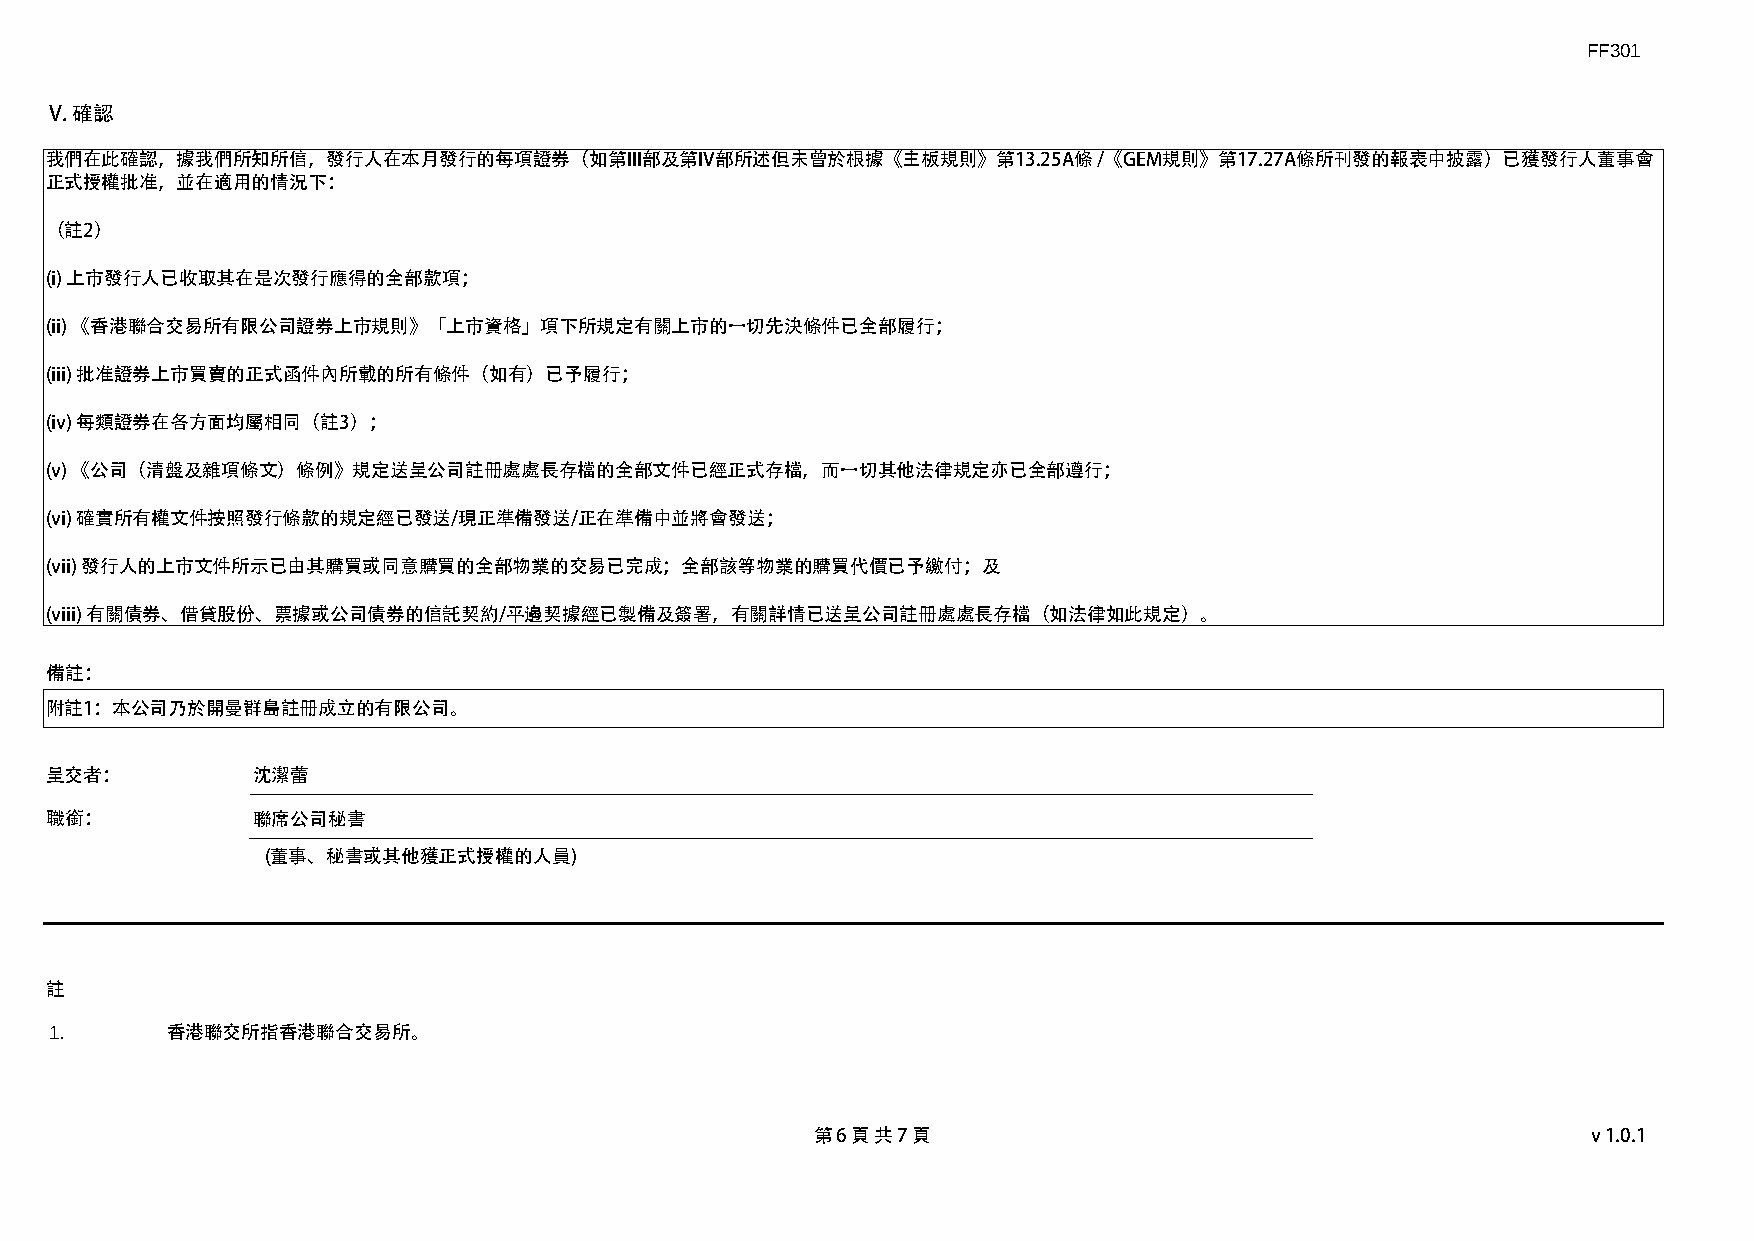
FF301
 V. 確認
 我們在此確認，據我們所知所信，發行人在本月發行的每項證券（如第III部及第IV部所述但未曾於根據《主板規則》第13.25A條        /《GEM規則》第17.27A條所刊發的報表中披露）已獲發行人董事會
 正式授權批准，並在適用的情況下：
 （註2）
 (i) 上市發行人已收取其在是次發行應得的全部款項；
 (ii) 《香港聯合交易所有限公司證券上市規則》「上市資格」項下所規定有關上市的一切先決條件已全部履行；
 (iii) 批准證券上市買賣的正式函件內所載的所有條件（如有）已予履行；
 (iv) 每類證券在各方面均屬相同（註3）；
 (v) 《公司（清盤及雜項條文）條例》規定送呈公司註冊處處長存檔的全部文件已經正式存檔，而一切其他法律規定亦已全部遵行；
 (vi) 確實所有權文件按照發行條款的規定經已發送/現正準備發送/正在準備中並將會發送；
 (vii) 發行人的上市文件所示已由其購買或同意購買的全部物業的交易已完成；全部該等物業的購買代價已予繳付；及
 (viii) 有關債券、借貸股份、票據或公司債券的信託契約/平邊契據經已製備及簽署，有關詳情已送呈公司註冊處處長存檔（如法律如此規定）。
 備註：
 附註1：本公司乃於開曼群島註冊成立的有限公司。
 呈交者：          沈潔蕾
 職銜：           聯席公司秘書
 (董事、秘書或其他獲正式授權的人員)
 註
 1.      香港聯交所指香港聯合交易所。
 第 6 頁 共 7 頁                                        v1.0.1